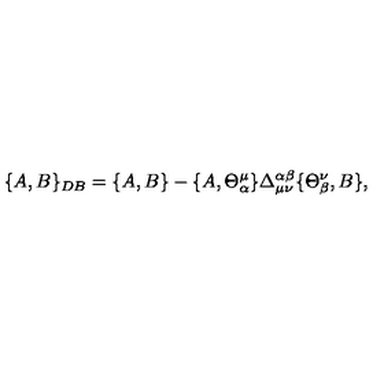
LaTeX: \{ A , B \} _ { D B } = \{ A , B \} - \{ A , \Theta _ { \alpha } ^ { \mu } \} \Delta _ { \mu \nu } ^ { \alpha \beta } \{ \Theta _ { \beta } ^ { \nu } , B \} ,